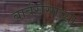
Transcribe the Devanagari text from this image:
बार्बरोसाच्या